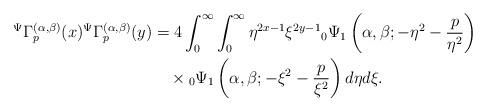
LaTeX: \begin{align*}{}^{\Psi}\Gamma_{p}^{(\alpha,\beta)}(x){}^{\Psi}\Gamma_{p}^{(\alpha,\beta)}(y)&=4\int_{0}^{\infty}\int_{0}^{\infty}\eta^{2x-1}\xi^{2y-1}{}_{0}\Psi_{1}\left( \alpha,\beta;-\eta^{2}-\frac{p}{\eta^{2}}\right)\\&~~~\times{}_{0}\Psi_{1}\left( \alpha,\beta;-\xi^{2}-\frac{p}{\xi^{2}}\right)d\eta d\xi.\end{align*}